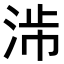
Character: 𣴯